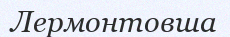
Лермонтовша